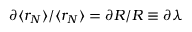
\partial \langle r _ { N } \rangle / \langle r _ { N } \rangle = \partial R / R \equiv \partial \lambda